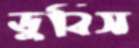
ডুবিস